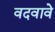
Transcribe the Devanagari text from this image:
वदवावे